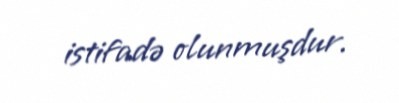
istifadə olunmuşdur.